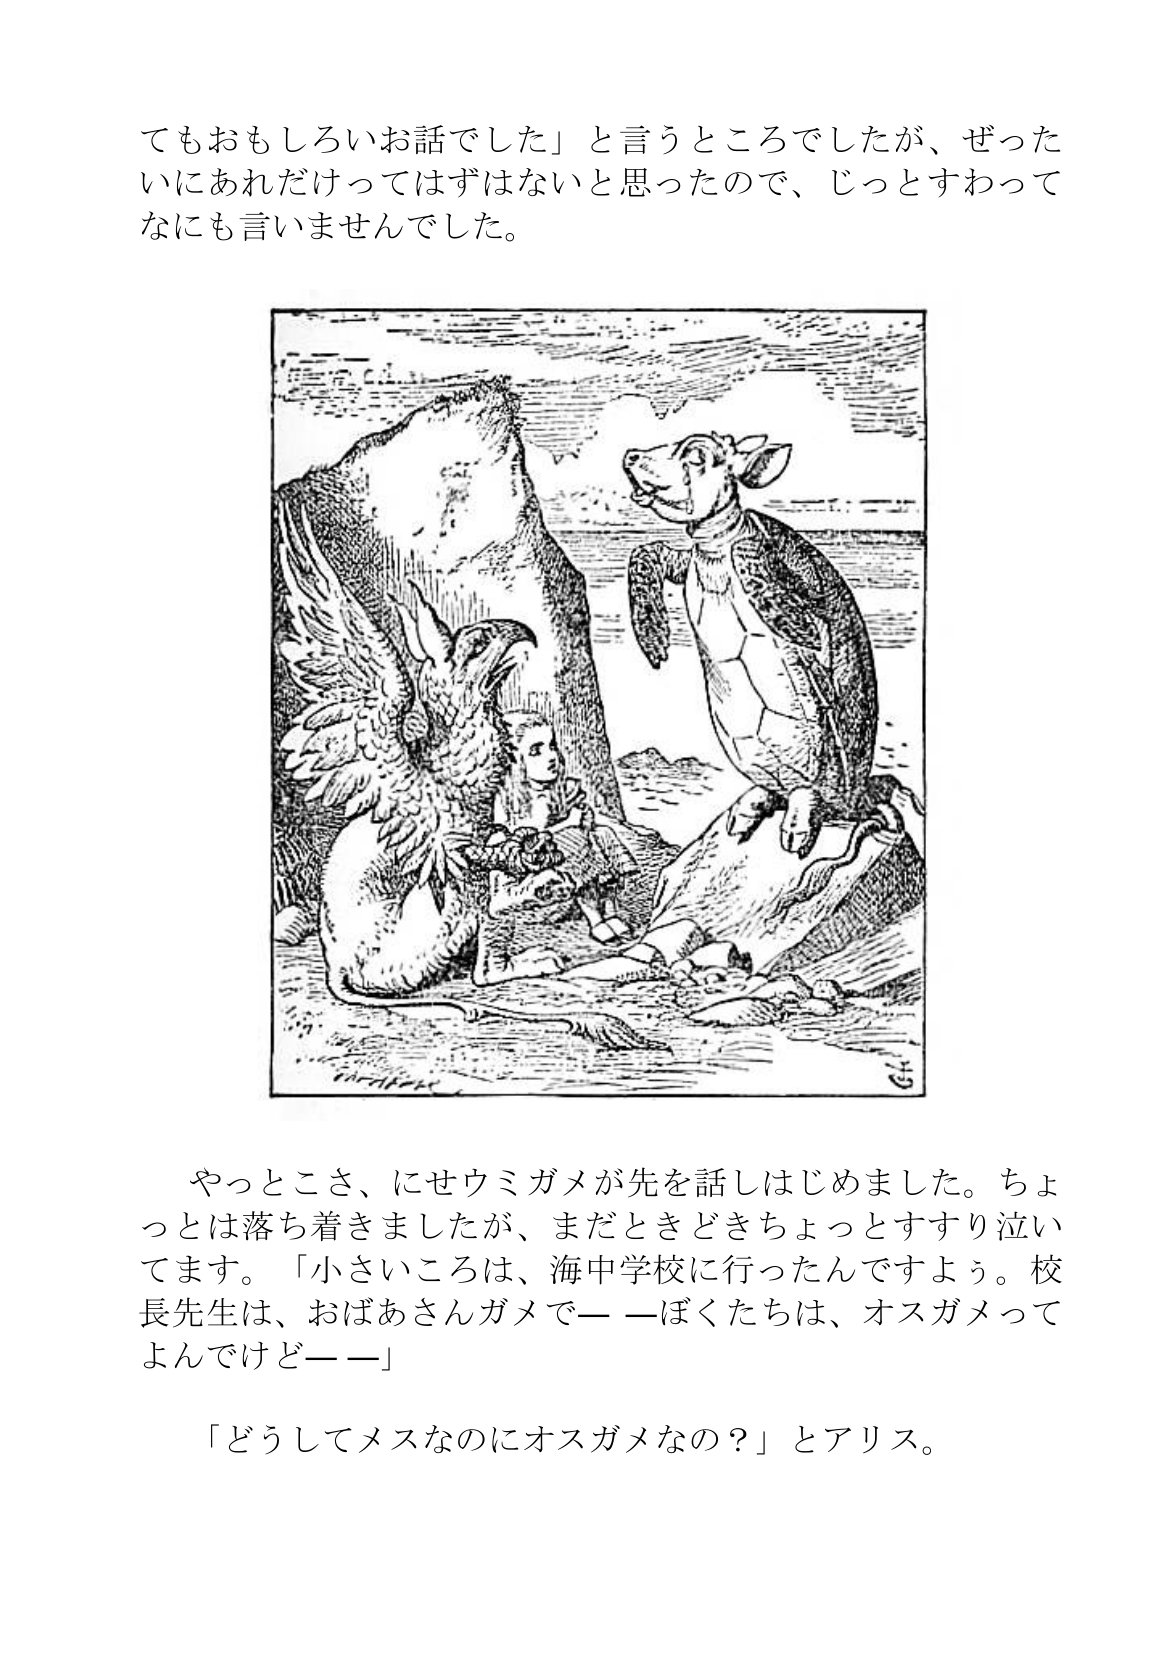
Language: ja